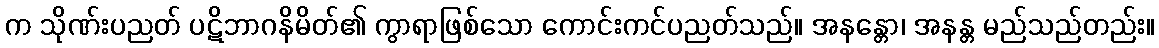
က သိုဏ်းပညတ် ပဋိဘာဂနိမိတ်၏ ကွာရာဖြစ်သော ကောင်းကင်ပညတ်သည်။ အနန္တော၊ အနန္တ မည်သည်တည်း။